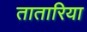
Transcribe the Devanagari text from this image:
तातारिया